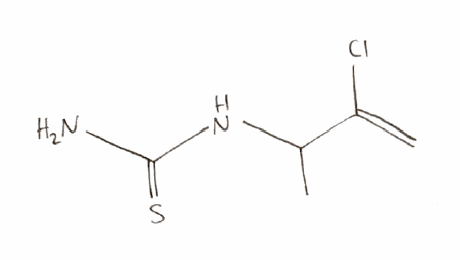
Simplified molecular-input line-entry system (SMILES) notation of the given molecule:
CC(C(=C)Cl)NC(=S)N